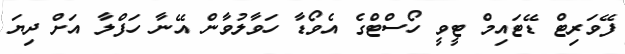
ފޭވަރިޓް ޑޭޓައިމް ޓީވީ ހޯސްޓްގެ އެވޯޑާ ހަވާލުވާން އޭނާ ހަފްލާ އަށް ދިޔަ